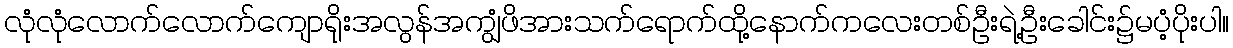
လုံလုံလောက်လောက်ကျောရိုးအလွန်အကျွံဖိအားသက်ရောက်ထို့နောက်ကလေးတစ်ဦးရဲ့ဦးခေါင်း၌မပံ့ပိုးပါ။